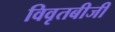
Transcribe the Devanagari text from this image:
विवृतबीजी